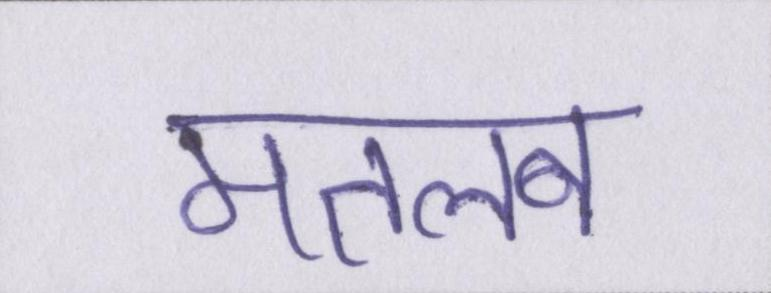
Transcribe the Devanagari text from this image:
मतलब